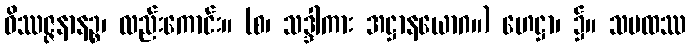
ဝိဿဇ္ဇနာနဉ္စ၊ လည်းကောင်း။ (စ၊ သဒ္ဒါကား အဋ္ဌာနယောဂ။) ဟေဋ္ဌာ၊ ၌။ သမထဿ